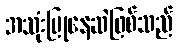
အသုံးပြုနေဆဲဖြစ်သည်